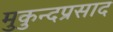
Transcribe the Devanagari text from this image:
मुकुन्दप्रसाद